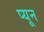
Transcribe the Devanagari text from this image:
प्यून